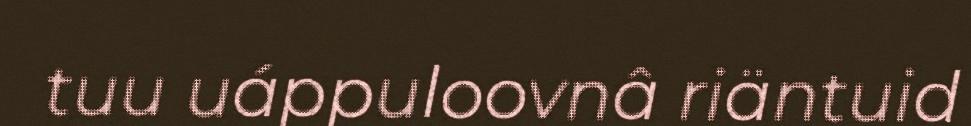
tuu uáppuloovnâ riäntuid